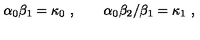
\alpha _ { 0 } \beta _ { 1 } = \kappa _ { 0 } \ , \qquad \alpha _ { 0 } \beta _ { 2 } / \beta _ { 1 } = \kappa _ { 1 } \ ,